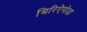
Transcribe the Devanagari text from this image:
मिरिऐपोडा